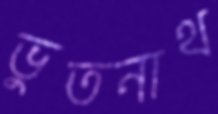
ভুতনাথ